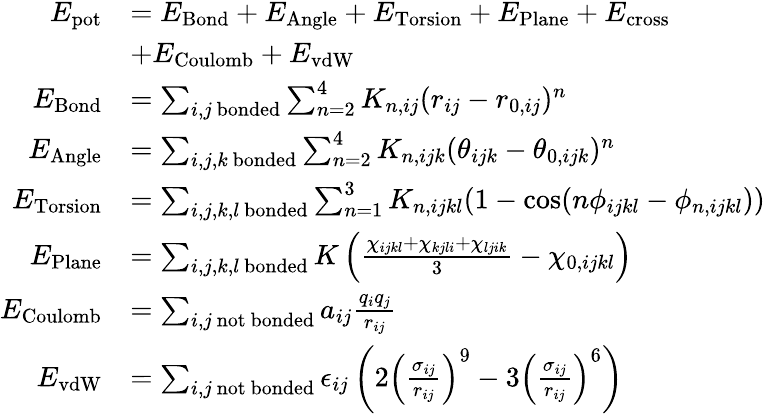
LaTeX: \begin{array}{rl}{E_{\mathrm{pot}}}&{=E_{\mathrm{Bond}}+E_{\mathrm{Angle}}+E_{\mathrm{Torsion}}+E_{\mathrm{Plane}}+E_{\mathrm{cross}}}\\ &{+E_{\mathrm{Coulomb}}+E_{\mathrm{vdW}}}\\ {E_{\mathrm{Bond}}}&{=\sum_{i,j\mathrm{~bonded}}\sum_{n=2}^{4}K_{n,ij}(r_{ij}-r_{0,ij})^{n}}\\ {E_{\mathrm{Angle}}}&{=\sum_{i,j,k\mathrm{~bonded}}\sum_{n=2}^{4}K_{n,ijk}(\theta_{ijk}-\theta_{0,ijk})^{n}}\\ {E_{\mathrm{Torsion}}}&{=\sum_{i,j,k,l\mathrm{~bonded}}\sum_{n=1}^{3}K_{n,ijkl}(1-\cos(n\phi_{ijkl}-\phi_{n,ijkl}))}\\ {E_{\mathrm{Plane}}}&{=\sum_{i,j,k,l\mathrm{~bonded}}K\left(\frac{\chi_{ijkl}+\chi_{kjli}+\chi_{ljik}}{3}-\chi_{0,ijkl}\right)}\\ {E_{\mathrm{Coulomb}}}&{=\sum_{i,j\mathrm{~not~bonded}}a_{ij}\frac{q_{i}q_{j}}{r_{ij}}}\\ {E_{\mathrm{vdW}}}&{=\sum_{i,j\mathrm{~not~bonded}}\epsilon_{ij}\left(2\left(\frac{\sigma_{ij}}{r_{ij}}\right)^{9}-3\left(\frac{\sigma_{ij}}{r_{ij}}\right)^{6}\right)}\end{array}